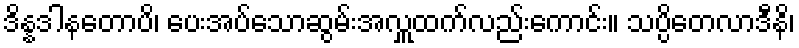
ဒိန္နဒါနတောပိ၊ ပေးအပ်သောဆွမ်းအလှူထက်လည်းကောင်း။ သပ္ပိတေလာဒီနိ၊